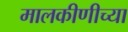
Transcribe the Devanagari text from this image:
मालकीणीच्या